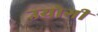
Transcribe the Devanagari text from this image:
उयोगी